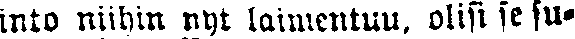
into niihin nyt laimentuu, olisi se su-